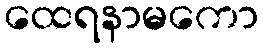
ထေရနာမကော